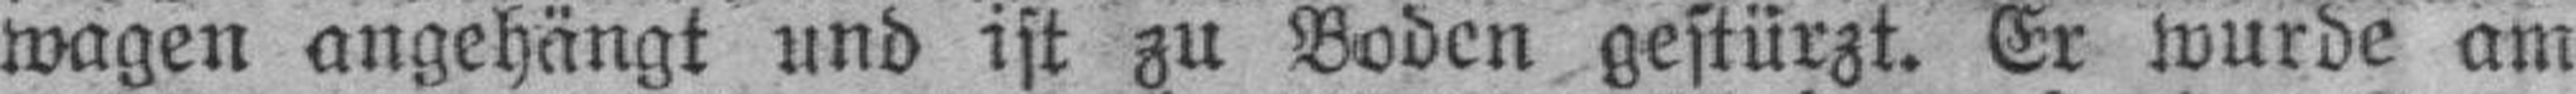
wagen angehängt und ist zu Boden gestürzt. Er wurde am